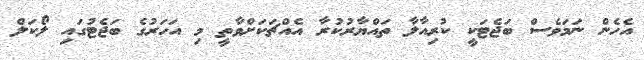
އެހެން ނަމަވެސް ބަޖެޓަކީ ކުރިއާލާ ތައްޔާރުކުރާ އެއްޗަކަށްވާތީ މި އަހަރުގެ ބަޖެޓުގައި ލޯކަލް